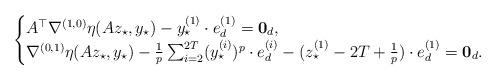
LaTeX: \begin{align*}\begin{cases}A^\top \nabla^{(1, 0)} \eta(Az_\star, y_\star) - y_\star^{(1)} \cdot e_d^{(1)} = \textbf{0}_d, \\\nabla^{(0, 1)} \eta(Az_\star, y_\star) - \tfrac{1}{p} \sum_{i=2}^{2T} (y_\star^{(i)})^p \cdot e_d^{(i)} - (z_\star^{(1)} - 2T + \tfrac{1}{p}) \cdot e_d^{(1)} = \textbf{0}_d. \end{cases}\end{align*}